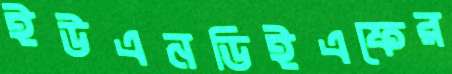
ইউএনডিইএফের